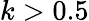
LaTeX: k>0.5